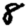
Digit: 8